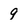
Character: 9